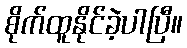
စိုက်ထူနိုင်ခဲ့ပါပြီ။